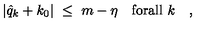
\vert \hat { q } _ { k } + k _ { 0 } \vert \ \leq \ m - \eta \quad \mathrm { f o r a l l } \ k \quad ,